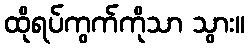
ထိုရပ်ကွက်ကိုသာ သွား။